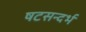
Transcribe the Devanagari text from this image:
षटसन्दर्भ